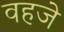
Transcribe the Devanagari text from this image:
वहजे